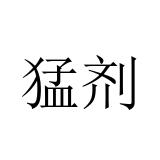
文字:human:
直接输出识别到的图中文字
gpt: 猛剂